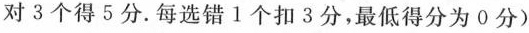
对3个得5分。每选错1个扣3分，最低得分为0分)